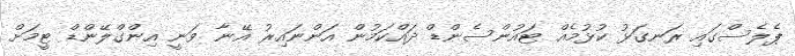
ޕެލެސްގައި ރަނގަޅު ކުޅުމެއް ޓައުންސެންޑް ދައްކަމުން އަންނައިރު އޭނާ ވަނީ އިންގްލޭންޑް ޓީމަށް